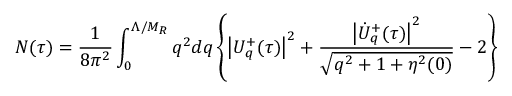
N ( \tau ) = \frac { 1 } { 8 \pi ^ { 2 } } \int _ { 0 } ^ { \Lambda / M _ { R } } q ^ { 2 } d q \left\{ \left| U _ { q } ^ { + } ( \tau ) \right| ^ { 2 } + \frac { \left| \dot { U } _ { q } ^ { + } ( \tau ) \right| ^ { 2 } } { \sqrt { q ^ { 2 } + 1 + \eta ^ { 2 } ( 0 ) } } - 2 \right\}